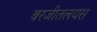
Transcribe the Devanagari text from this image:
बरजीतलयस